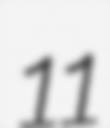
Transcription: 11